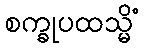
စက္ခုပထသ္မိံ